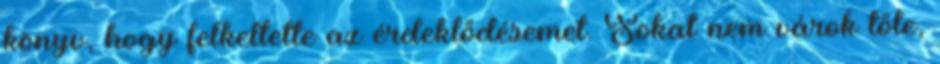
könyv, hogy felkeltette az érdeklődésemet. Sokat nem várok tőle,